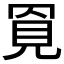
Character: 𧠓